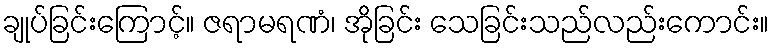
ချုပ်ခြင်းကြောင့်။ ဇရာမရဏံ၊ အိုခြင်း သေခြင်းသည်လည်းကောင်း။